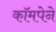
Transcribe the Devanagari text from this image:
कॉमपेने